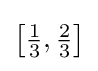
\left[{\tfrac {1}{3}},{\tfrac {2}{3}}\right]